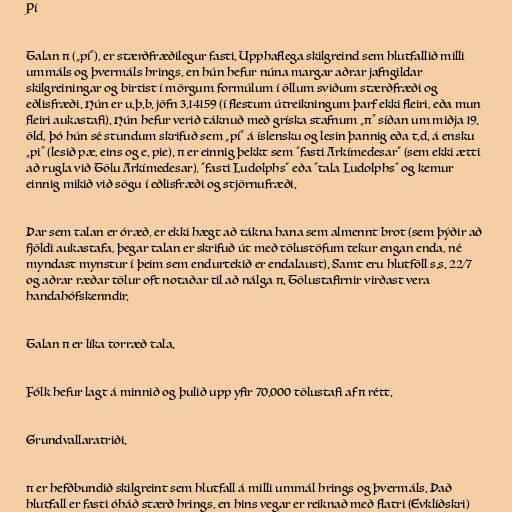
Pí

Talan π („pí“), er stærðfræðilegur fasti. Upphaflega skilgreind sem hlutfallið milli
ummáls og þvermáls hrings, en hún hefur núna margar aðrar jafngildar
skilgreiningar og birtist í mörgum formúlum í öllum sviðum stærðfræði og
eðlisfræði. Hún er u.þ.b. jöfn 3,14159 (í flestum útreikningum þarf ekki fleiri, eða mun
fleiri aukastafi). Hún hefur verið táknuð með gríska stafnum „π“ síðan um miðja 19.
öld, þó hún sé stundum skrifuð sem „pí“ á íslensku og lesin þannig eða t.d. á ensku
„pi“ (lesið pæ, eins og e. pie). π er einnig þekkt sem "fasti Arkímedesar" (sem ekki ætti
að rugla við Tölu Arkímedesar), "fasti Ludolphs" eða "tala Ludolphs" og kemur
einnig mikið við sögu í eðlisfræði og stjörnufræði.

Þar sem talan er óræð, er ekki hægt að tákna hana sem almennt brot (sem þýðir að
fjöldi aukastafa, þegar talan er skrifuð út með tölustöfum tekur engan enda, né
myndast mynstur í þeim sem endurtekið er endalaust). Samt eru hlutföll s.s. 22/7
og aðrar ræðar tölur oft notaðar til að nálga π. Tölustafirnir virðast vera
handahófskenndir.

Talan π er líka torræð tala.

Fólk hefur lagt á minnið og þulið upp yfir 70.000 tölustafi af π rétt.

Grundvallaratriði.

π er hefðbundið skilgreint sem hlutfall á milli ummál hrings og þvermáls. Það
hlutfall er fasti óháð stærð hrings, en hins vegar er reiknað með flatri (Evklíðskri)